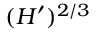
( H ^ { \prime } ) ^ { 2 / 3 }